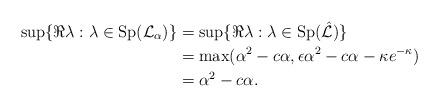
LaTeX: \begin{align*}\sup\{ \Re\lambda:\lambda\in\operatorname{Sp}(\mathcal{L}_{\alpha}) \}&=\sup \{ \Re\lambda:\lambda\in \operatorname{Sp}(\hat{\mathcal{L}}) \}\\&=\max(\alpha^2-c\alpha,\epsilon\alpha^2-c\alpha-\kappa e^{-\kappa})\\&=\alpha^2-c\alpha.\end{align*}